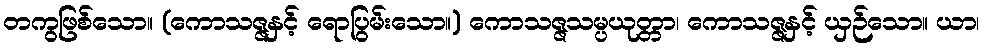
တကွဖြစ်သော။ (ကောသဇ္ဇနှင့် ရောပြွမ်းသော။) ကောသဇ္ဇသမ္ပယုတ္တာ၊ ကောသဇ္ဇနှင့် ယှဉ်သော။ ယာ၊